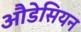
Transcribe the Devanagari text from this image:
औडेसियन